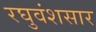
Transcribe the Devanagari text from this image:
रघुवंशसार